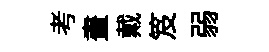
考畫戴笈弱